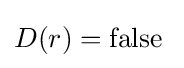
D(r)=\mathrm {false} \;